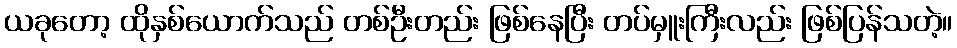
ယခုတော့ ထိုနှစ်ယောက်သည် တစ်ဦးတည်း ဖြစ်နေပြီး တပ်မှူးကြီးလည်း ဖြစ်ပြန်သတဲ့။